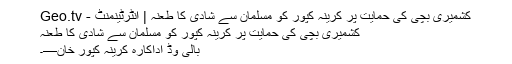
کشمیری بچی کی حمایت پر کرینہ کپور کو مسلمان سے شادی کا طعنہ | انٹرٹینمنٹ - Geo.tv
کشمیری بچی کی حمایت پر کرینہ کپور کو مسلمان سے شادی کا طعنہ
بالی وڈ اداکارہ کرینہ کپور خان—۔